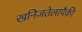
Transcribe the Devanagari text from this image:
खनिजतेलापैकी